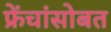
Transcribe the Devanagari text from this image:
फ्रेंचांसोबत